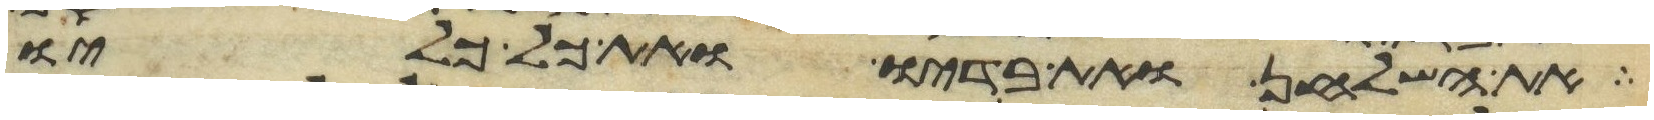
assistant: את השלחן ואת בדיו ואת כל כליו